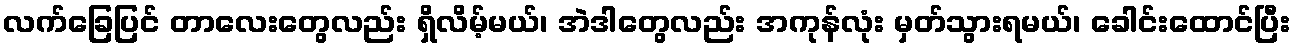
လက်ခြေပြင် တာလေးတွေလည်း ရှိလိမ့်မယ်၊ အဲဒါတွေလည်း အကုန်လုံး မှတ်သွားရမယ်၊ ခေါင်းထောင်ပြီး